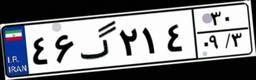
۵۰گ۷۲۴۳۴